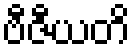
ဗီဇီယတိ